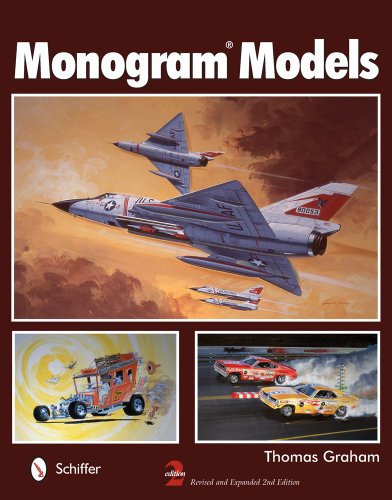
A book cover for Monogram Models; Thomas Graham; Crafts, Hobbies & Home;